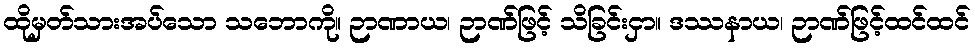
ထိုမှတ်သားအပ်သော သဘောကို။ ဉာဏာယ၊ ဉာဏ်ဖြင့် သိခြင်းငှာ။ ဒဿနာယ၊ ဉာဏ်ဖြင့်ထင်ထင်